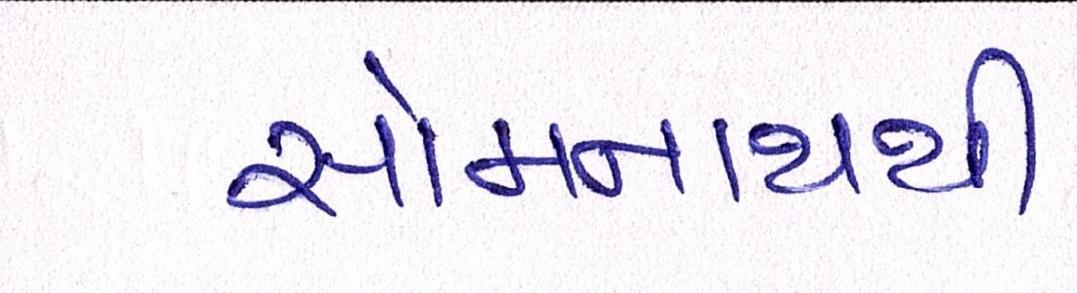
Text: સોમનાથથી